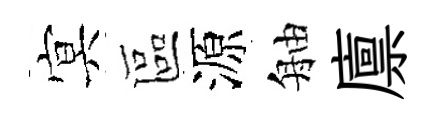
㝠區源舳廪